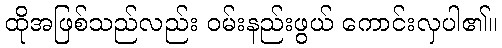
ထိုအဖြစ်သည်လည်း ဝမ်းနည်းဖွယ် ကောင်းလှပါ၏။